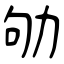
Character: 劬